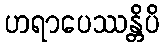
ဟရာပေဿန္တိပိ